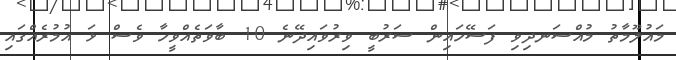
މައުލޫމާތު މުއްސަނދިވި ފަސޭހައިން ސަރުބީ ވިރުވައިދޭނެ 10 ބާވަތެއްވީހާ ވެސް ޅަ އުމުރެއްގައި